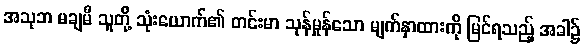
အသုဘ မချမီ သူတို့ သုံးယောက်၏ တင်းမာ သုန်မှုန်သော မျက်နှာထားကို မြင်ရသည့် အခါ၌